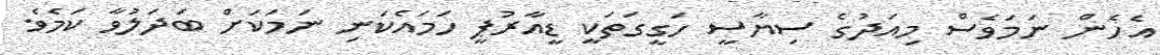
އެހެން ނަމަވެސް މިއަދުގެ ސިޔާސީ ހަގީގަތަކީ ޑީއާރުޕީ ހަމައެކަނި ނަމަކަށް ބަދަލުވާ ކަމެވެ.